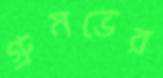
গ্রুমভের